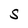
Character: S